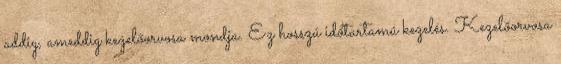
addig, ameddig kezelőorvosa mondja. Ez hosszú időtartamú kezelés. Kezelőorvosa